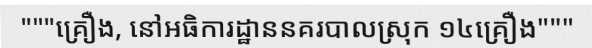
"""គ្រឿង, នៅអធិការដ្ឋាននគរបាលស្រុក ១៤គ្រឿង"""